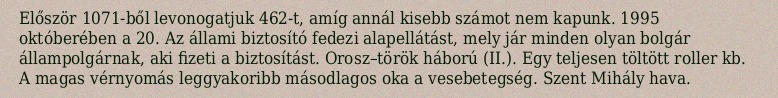
Először 1071-ből levonogatjuk 462-t, amíg annál kisebb számot nem kapunk. 1995 októberében a 20. Az állami biztosító fedezi alapellátást, mely jár minden olyan bolgár állampolgárnak, aki fizeti a biztosítást. Orosz–török háború (II.). Egy teljesen töltött roller kb. A magas vérnyomás leggyakoribb másodlagos oka a vesebetegség. Szent Mihály hava.